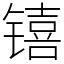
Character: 𬭳